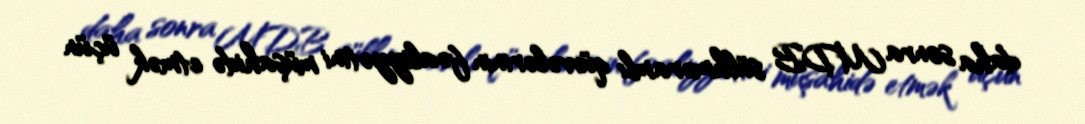
daha sonra MDB sülhməramlı qüvvələrinin fəaliyyətini müşahidə etmək üçün